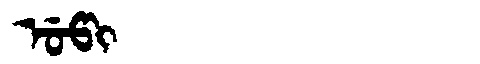
Manchu: ᡠᡦᡳ
Romanization: UPI